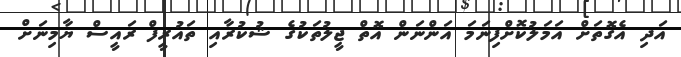
އަދި އެގޮތަށް އަމަލުކޮށްފިނަމަ އަންނަން އޮތް ޖީލުތަކުގެ ޝުކުރާއި ތައުރީފް ރައީސް ޔާމިނަށް